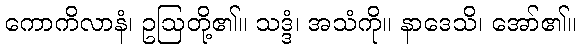
ကောကိလာနံ၊ ဥဩတို့၏။ သဒ္ဒံ၊ အသံကို။ နာဒေသိ၊ အော်၏။